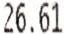
26.61